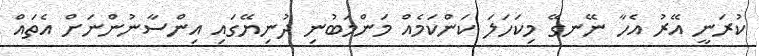
ކުރަނީ އޭރު އެހާ ނޭނގޭ މިކަހަލަ ކަންކަމެއް މަންމަބުނި ދުނިޔޭގައި އިންސާނުންނަށް އެތައް